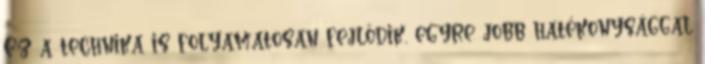
Ez a technika is folyamatosan fejlődik, egyre jobb hatékonysággal